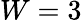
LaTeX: W=3